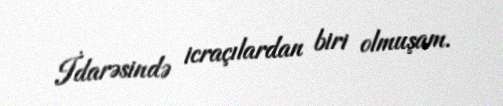
İdarəsində icraçılardan biri olmuşam.